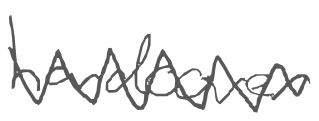
Text: hardcover
Cross-out: zig-zag
Writing tool: digital_gray